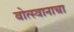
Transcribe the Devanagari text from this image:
बोत्स्वानाचा